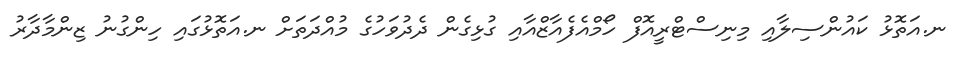
ނ.އަތޮޅު ކައުންސިލާއި މިނިސްޓްރީއޮފް ހޯމްއެފެއާޒްއާއި ގުޅިގެން ދެދުވަހުގެ މުއްދަތަށް ނ.އަތޮޅުގައި ހިންގުނު ޒިންމާދާރު